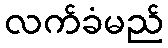
လက်ခံမည်